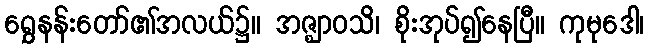
ရွှေနန်းတော်၏အလယ်၌။ အဇ္ဈာဝသိ၊ စိုးအုပ်၍နေပြီ။ ကုမုဒေါ၊